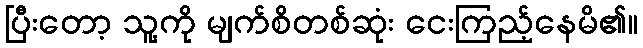
ပြီးတော့ သူ့ကို မျက်စိတစ်ဆုံး ငေးကြည့်နေမိ၏။